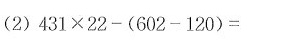
(2) $$ 431 × 22 - ( 602 - 120 ) = $$